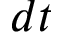
d t